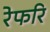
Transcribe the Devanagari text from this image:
रेफरि